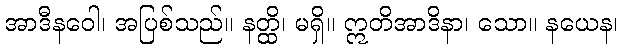
အာဒီနဝေါ၊ အပြစ်သည်။ နတ္ထိ၊ မရှိ။ ဣတိအာဒိနာ၊ သော။ နယေန၊